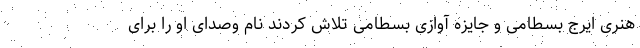
هنری ایرج بسطامی و جایزه آوازی بسطامی تلاش کردند نام وصدای او را برای